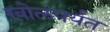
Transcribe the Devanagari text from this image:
खोलपर्यंत